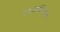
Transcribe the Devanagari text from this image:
परावलंबित्वाचे